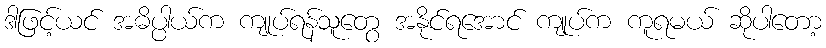
ဒါဖြင့်ယင် အဓိပ္ပါယ်က ကျုပ်ရန်သူတွေ အနိုင်ရအောင် ကျုပ်က ကူရမယ် ဆိုပါတော့